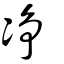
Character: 凈